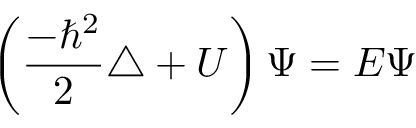
\left( { \frac { - \hbar ^ { 2 } } { 2 } } \triangle + { \cal U } \right) \Psi = E \Psi